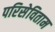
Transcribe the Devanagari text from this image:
परिसेविताम